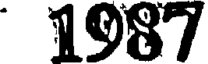
1987